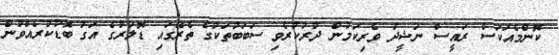
ކޮންމެއަކަސް ރައީސް ނަޝީދު ވެރިކަމުން ދުރުކުރެވި ސަބަބުތަކުގެ ތެރޭގައި ޑޮލަރުގެ އަގު ބޮޑުކުރެއްވުން